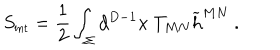
LaTeX: S _ { \mathrm { { \small i n t } } } = { \frac { 1 } { 2 } } \int _ { \Sigma } d ^ { D - 1 } x ~ T _ { M N } { \widetilde h } ^ { M N } ~ .